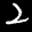
Label: 2